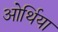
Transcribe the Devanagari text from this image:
ओर्थिया